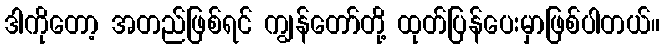
ဒါကိုတော့ အတည်ဖြစ်ရင် ကျွန်တော်တို့ ထုတ်ပြန်ပေးမှာဖြစ်ပါတယ်။